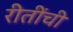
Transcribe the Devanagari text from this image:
रीतींची